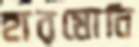
হারমোনি